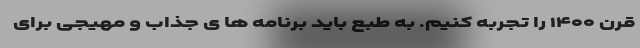
قرن ۱۴۰۰ را تجربه کنیم. به طبع باید برنامه ها ی جذاب و مهیجی برای